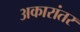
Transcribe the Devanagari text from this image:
अकारांतर